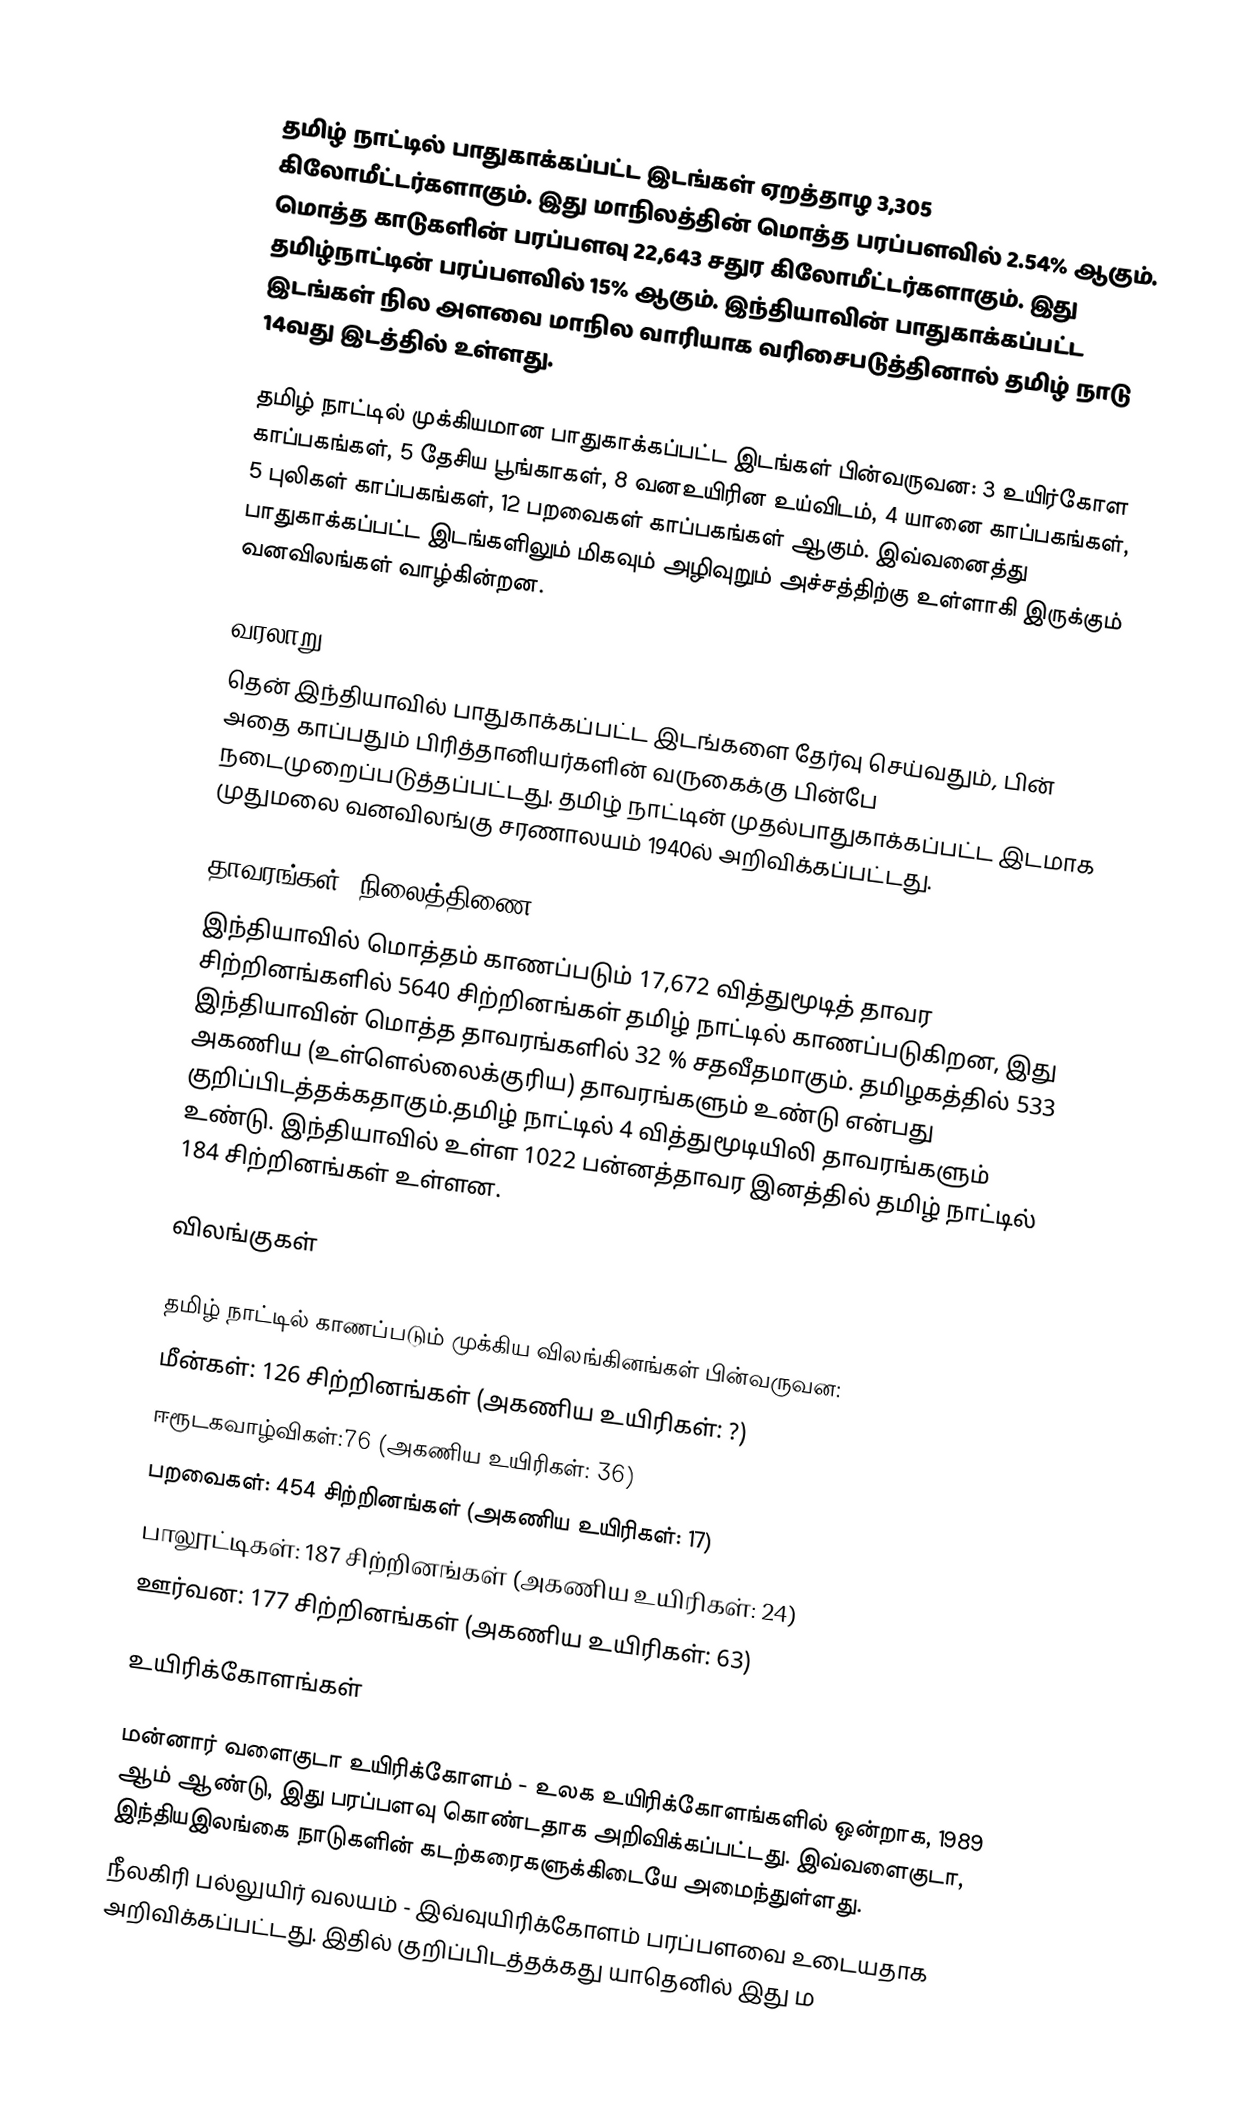
{|class="infobox" style="width: 265; text-align: center; font-size: 60%; border:;"

தமிழ் நாட்டில் பாதுகாக்கப்பட்ட இடங்கள் ஏறத்தாழ 3,305 கிலோமீட்டர்களாகும். இது மாநிலத்தின் மொத்த பரப்பளவில் 2.54% ஆகும். மொத்த காடுகளின் பரப்பளவு 22,643 சதுர கிலோமீட்டர்களாகும். இது தமிழ்நாட்டின் பரப்பளவில் 15% ஆகும். இந்தியாவின் பாதுகாக்கப்பட்ட இடங்கள் நில அளவை மாநில வாரியாக வரிசைபடுத்தினால் தமிழ் நாடு 14வது இடத்தில் உள்ளது.

தமிழ் நாட்டில் முக்கியமான பாதுகாக்கப்பட்ட இடங்கள் பின்வருவன: 3 உயிர்கோள காப்பகங்கள், 5 தேசிய பூங்காகள், 8 வனஉயிரின உய்விடம், 4 யானை காப்பகங்கள், 5 புலிகள் காப்பகங்கள், 12 பறவைகள் காப்பகங்கள் ஆகும். இவ்வனைத்து பாதுகாக்கப்பட்ட இடங்களிலும் மிகவும் அழிவுறும் அச்சத்திற்கு உள்ளாகி இருக்கும் வனவிலங்கள் வாழ்கின்றன.

வரலாறு
தென் இந்தியாவில் பாதுகாக்கப்பட்ட இடங்களை தேர்வு செய்வதும், பின் அதை காப்பதும் பிரித்தானியர்களின் வருகைக்கு பின்பே நடைமுறைப்படுத்தப்பட்டது. தமிழ் நாட்டின் முதல்பாதுகாக்கப்பட்ட இடமாக முதுமலை வனவிலங்கு சரணாலயம் 1940ல் அறிவிக்கப்பட்டது.

தாவரங்கள் (நிலைத்திணை)
இந்தியாவில் மொத்தம் காணப்படும் 17,672 வித்துமூடித் தாவர சிற்றினங்களில் 5640 சிற்றினங்கள் தமிழ் நாட்டில் காணப்படுகிறன, இது இந்தியாவின் மொத்த தாவரங்களில் 32 % சதவீதமாகும். தமிழகத்தில் 533 அகணிய (உள்ளெல்லைக்குரிய) தாவரங்களும் உண்டு என்பது குறிப்பிடத்தக்கதாகும்.தமிழ் நாட்டில் 4 வித்துமூடியிலி தாவரங்களும் உண்டு. இந்தியாவில் உள்ள 1022 பன்னத்தாவர இனத்தில் தமிழ் நாட்டில் 184 சிற்றினங்கள் உள்ளன.

விலங்குகள்

தமிழ் நாட்டில் காணப்படும் முக்கிய விலங்கினங்கள் பின்வருவன:
மீன்கள்: 126 சிற்றினங்கள் (அகணிய உயிரிகள்: ?)
ஈரூடகவாழ்விகள்:76 (அகணிய உயிரிகள்: 36)
பறவைகள்: 454 சிற்றினங்கள் (அகணிய உயிரிகள்: 17)
பாலூட்டிகள்: 187 சிற்றினங்கள் (அகணிய உயிரிகள்: 24)
ஊர்வன: 177 சிற்றினங்கள் (அகணிய உயிரிகள்: 63)

உயிரிக்கோளங்கள்

மன்னார் வளைகுடா உயிரிக்கோளம்  -  உலக  உயிரிக்கோளங்களில் ஒன்றாக, 1989 ஆம் ஆண்டு, இது  பரப்பளவு கொண்டதாக அறிவிக்கப்பட்டது. இவ்வளைகுடா, இந்தியஇலங்கை நாடுகளின் கடற்கரைகளுக்கிடையே அமைந்துள்ளது.
நீலகிரி பல்லுயிர் வலயம் -  இவ்வுயிரிக்கோளம்  பரப்பளவை உடையதாக அறிவிக்கப்பட்டது. இதில் குறிப்பிடத்தக்கது யாதெனில் இது ம